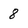
Character: 8